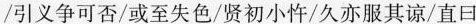
/引义争可否/或至失色/贤初小忤/久亦服其谅/直曰